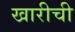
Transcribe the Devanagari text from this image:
खारीची